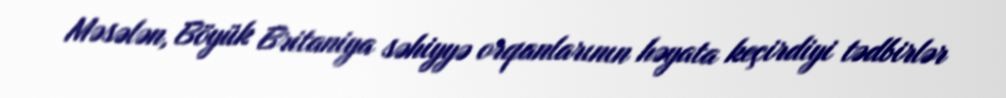
Məsələn, Böyük Britaniya səhiyyə orqanlarının həyata keçirdiyi tədbirlər